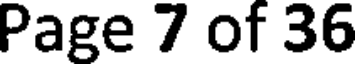
Page 7 of 36